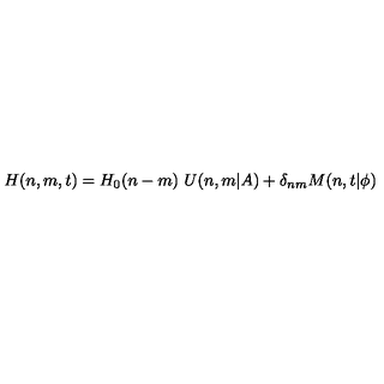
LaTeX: H ( n , m , t ) = H _ { 0 } ( n - m ) \ U ( n , m \vert A ) + \delta _ { n m } M ( n , t \vert \phi )